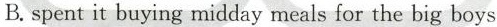
B.spent it buying midday meals for the big boys